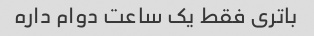
باتری فقط یک ساعت دوام داره